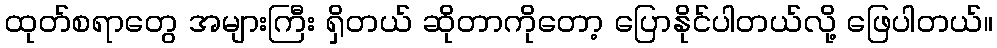
ထုတ်စရာတွေ အများကြီး ရှိတယ် ဆိုတာကိုတော့ ပြောနိုင်ပါတယ်လို့ ဖြေပါတယ်။